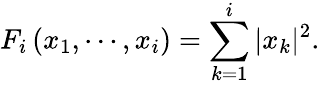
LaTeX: F_{i}\left(x_{1},\cdots,x_{i}\right)=\sum_{k=1}^{i}|x_{k}|^{2}.